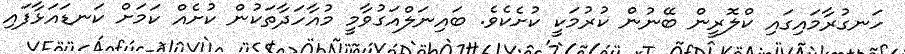
ހަނގުރާމައިގައި ކްލޮރީން ބޭނުން ކުރުމަކީ ކުށެކެވެ. ބައިނަލްއަގުވާމީ މުއާހަދާތަކުން ކުށެއް ކަމަށް ކަނޑައަޅާފައި